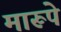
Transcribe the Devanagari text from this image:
मारूपे